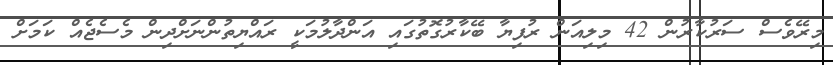
މިރޭވެސް ސަރުކާރުން 42 މިލިއަން ރުފިޔާ ބޭކާރުގޮތުގައި އަންދާލުމަކީ ރައްޔިތުންނަށްދިން މެސެޖެއް ކަމަށް